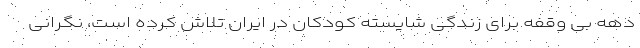
دهه بی وقفه برای زندگی شایسته کودکان در ایران تلاش کرده است، نگرانی